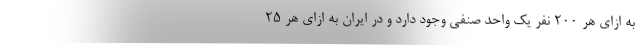
به ازای هر ۲۰۰ نفر یک واحد صنفی وجود دارد و در ایران به ازای هر ۲۵